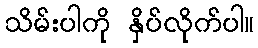
သိမ်းပါကို နှိပ်လိုက်ပါ။